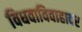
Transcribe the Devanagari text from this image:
विधवाविवाहावर